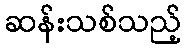
ဆန်းသစ်သည့်